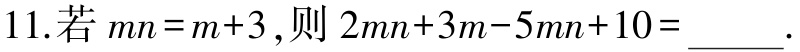
11.若\(mn = m + 3\)，则\(2mn + 3m - 5mn + 10 =\underline{}\).